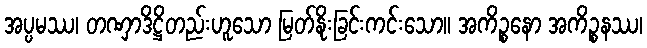
အပ္ပမဿ၊ တဏှာဒိဋ္ဌိတည်းဟူသော မြတ်နိုးခြင်းကင်းသော။ အကိဉ္စနော အကိဉ္စနဿ၊